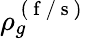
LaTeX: \rho_{g}^{\mathrm{~(~f~/~s~)~}}